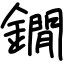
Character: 鐗